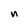
Character: n